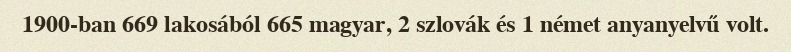
1900-ban 669 lakosából 665 magyar, 2 szlovák és 1 német anyanyelvű volt.